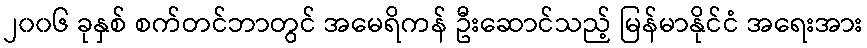
၂၀၀၆ ခုနှစ် စက်တင်ဘာတွင် အမေရိကန် ဦးဆောင်သည့် မြန်မာနိုင်ငံ အရေးအား